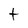
Character: t